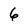
Character: 6